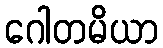
ဂေါတမိယာ